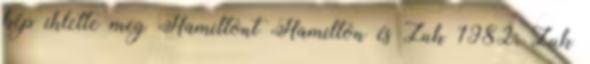
kép ihlette meg Hamiltont Hamilton és Zuk 1982; Zuk